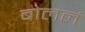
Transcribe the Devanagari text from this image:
बोललं